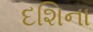
દશિના